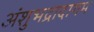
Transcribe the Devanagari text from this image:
अंशुभद्रादागम